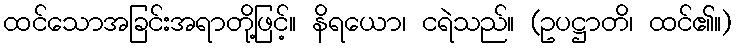
ထင်သောအခြင်းအရာတို့ဖြင့်။ နိရယော၊ ငရဲသည်။ (ဥပဋ္ဌာတိ၊ ထင်၏။)